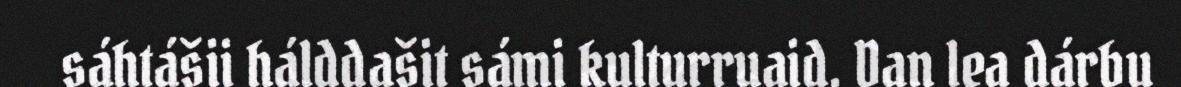
sáhtášii hálddašit sámi kulturruaid. Dan lea dárbu